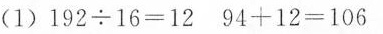
(1)$$1 9 2 ÷ 1 6 = 1 2$$$$9 4 + 1 2 = 1 0 6$$